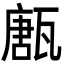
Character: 㼺